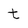
Character: t